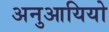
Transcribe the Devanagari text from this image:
अनुआयियो